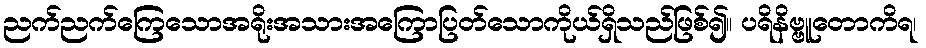
ညက်ညက်ကြေသောအရိုးအသားအကြောပြတ်သောကိုယ်ရှိသည်ဖြစ်၍။ ပရိနိဗ္ဗူတောကိရ၊